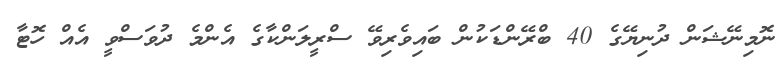
ނޮމިނޭޝަން ދުނިޔޭގެ 40 ބްރޭންޑަކުން ބައިވެރިވޭ ސްރީލަންކާގެ އެންމެ ދުވަސްވީ އެއް ހޮޓާ